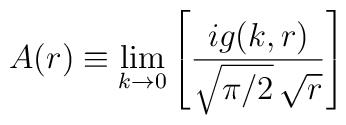
A(r)\equiv \lim_{k\to 0}\left[{ig(k,r)\over\sqrt{\pi/2}\,\sqrt{r}}\right]